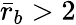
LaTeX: \bar{r}_{b}>2